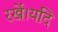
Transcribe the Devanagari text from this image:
रखें।यदि